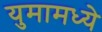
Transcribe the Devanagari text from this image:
युमामध्ये